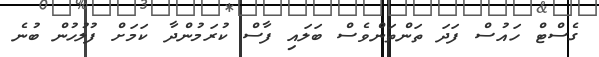
ގެސްޓް ހައުސް ފަދަ ތަންތަންވެސް ބަލައި ފާސް ކުރަމުންދާ ކަމަށް ފުލުހުން ބުނެ